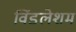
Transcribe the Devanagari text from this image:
विंडलेशम